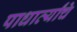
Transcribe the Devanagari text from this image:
पाधार्त्यांचे